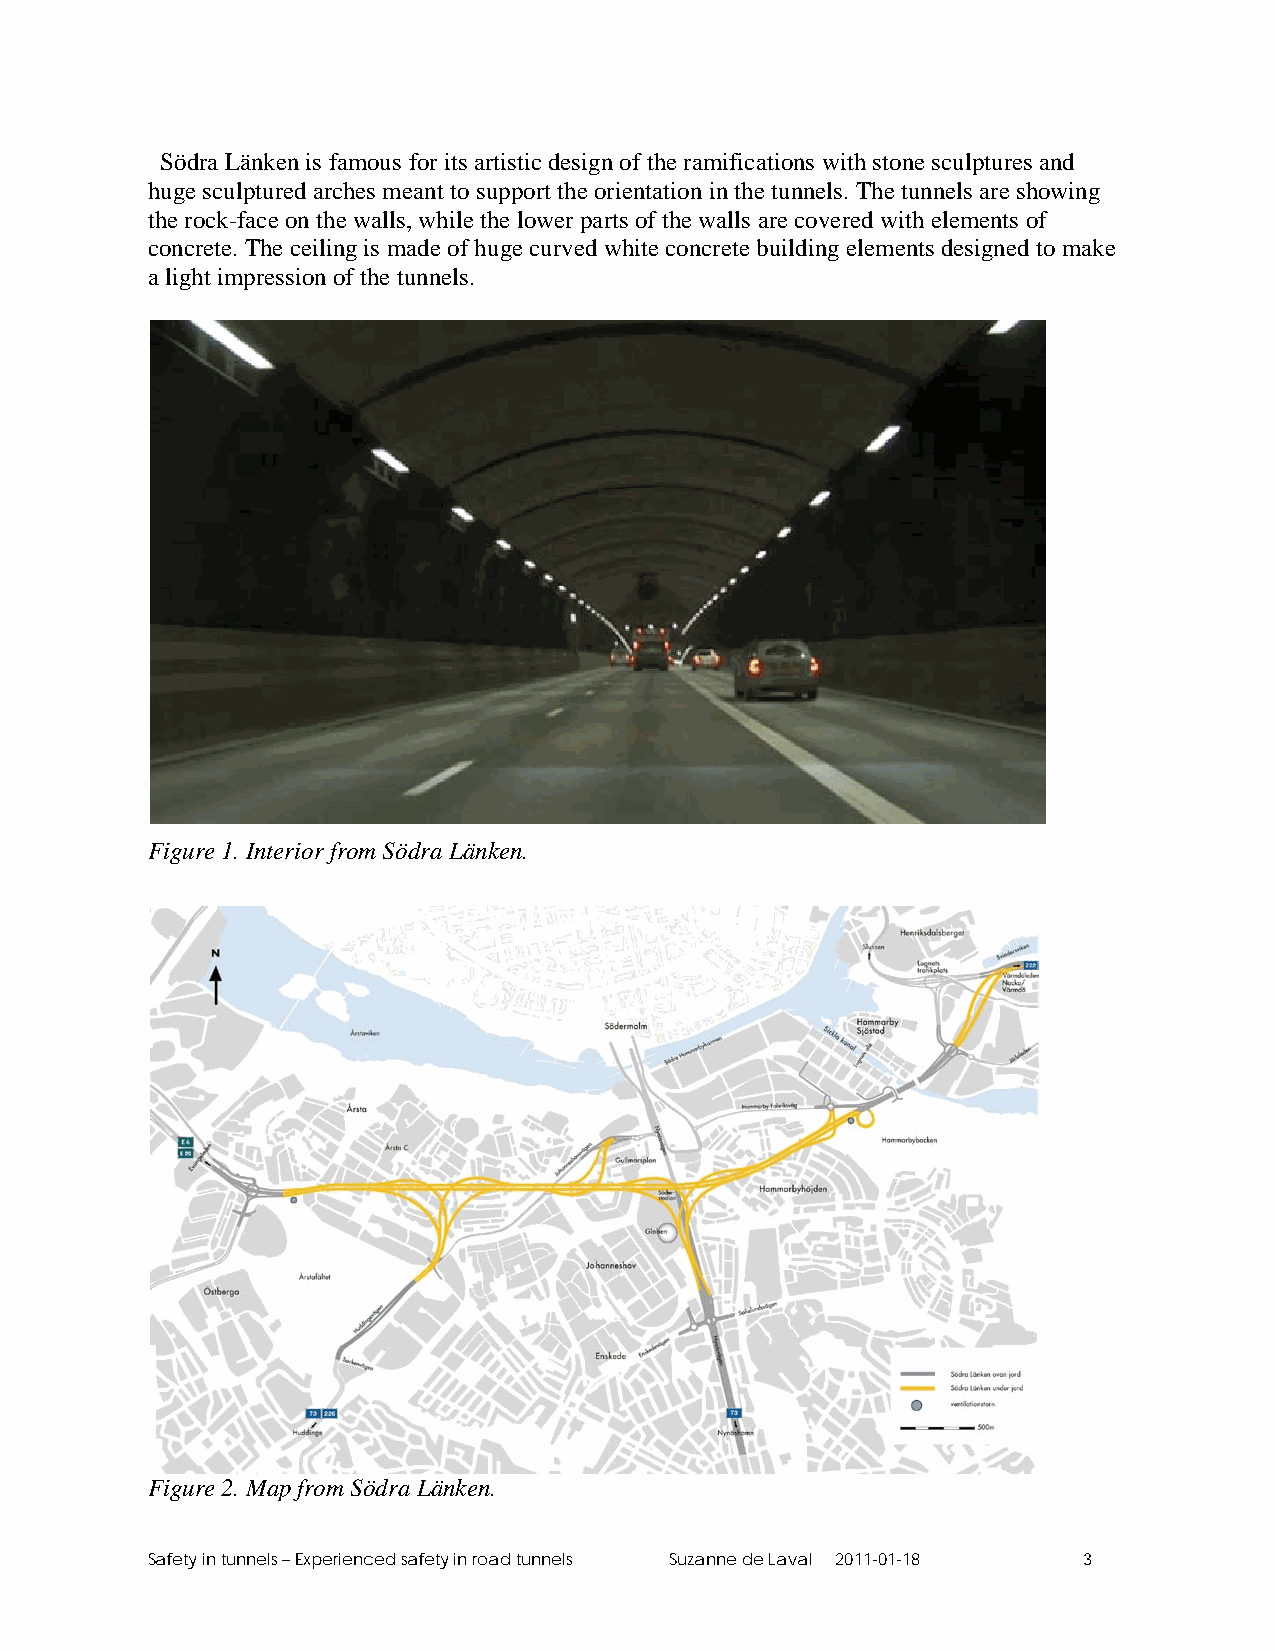
Södra Länken is famous for its artistic design of the ramifications with stone sculptures and
 huge sculptured arches meant to support the orientation in the tunnels. The tunnels are showing
 the rock-face on the walls, while the lower parts of the walls are covered with elements of
 concrete. The ceiling is made of huge curved white concrete building elements designed to make
 a light impression of the tunnels.
 Figure 1. Interior from Södra Länken.
 Figure 2. Map from Södra Länken.
 Safety in tunnels – Experienced safety in road tunnels Suzanne de Laval 2011-01-18 3